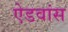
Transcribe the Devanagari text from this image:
ऐडवांस